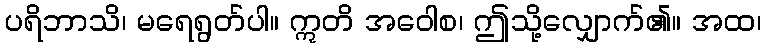
ပရိဘာသိ၊ မရေရွတ်ပါ။ ဣတိ အဝေါစ၊ ဤသို့လျှောက်၏။ အထ၊